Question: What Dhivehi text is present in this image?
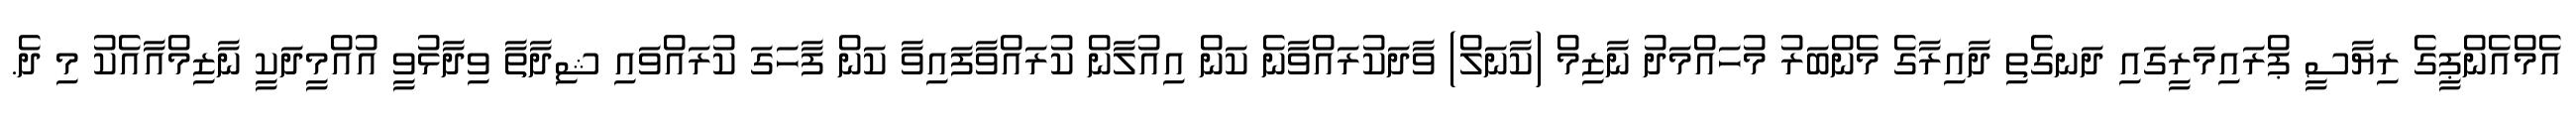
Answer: އެމްއެންޕީގެ ރިޔާސީ ޕްރައިމަރީގައި ދަނގެތި ދާއިރާގެ މެންބަރު މުހައްމަދު ނާޒިމް (ކާނަލް) ވާދަކުރައްވާނެ ކަން އިއުލާން ކުރައްވާފައިވާ ކަން ފާހަގަ ކުރައްވައި ޝިދާތާ ވިދާޅުވީ އުއްމީދަކީ ނާޒިމްއާއެކު މި ދެ.